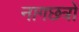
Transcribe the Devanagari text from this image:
नागछत्रों